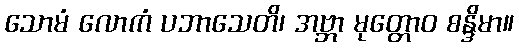
သောမံ လောကံ ပဘာသေတိ၊ အဗ္ဘာ မုတ္တောဝ စန္ဒိမာ။